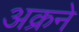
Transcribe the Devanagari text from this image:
अक्रने